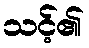
သင့်၏